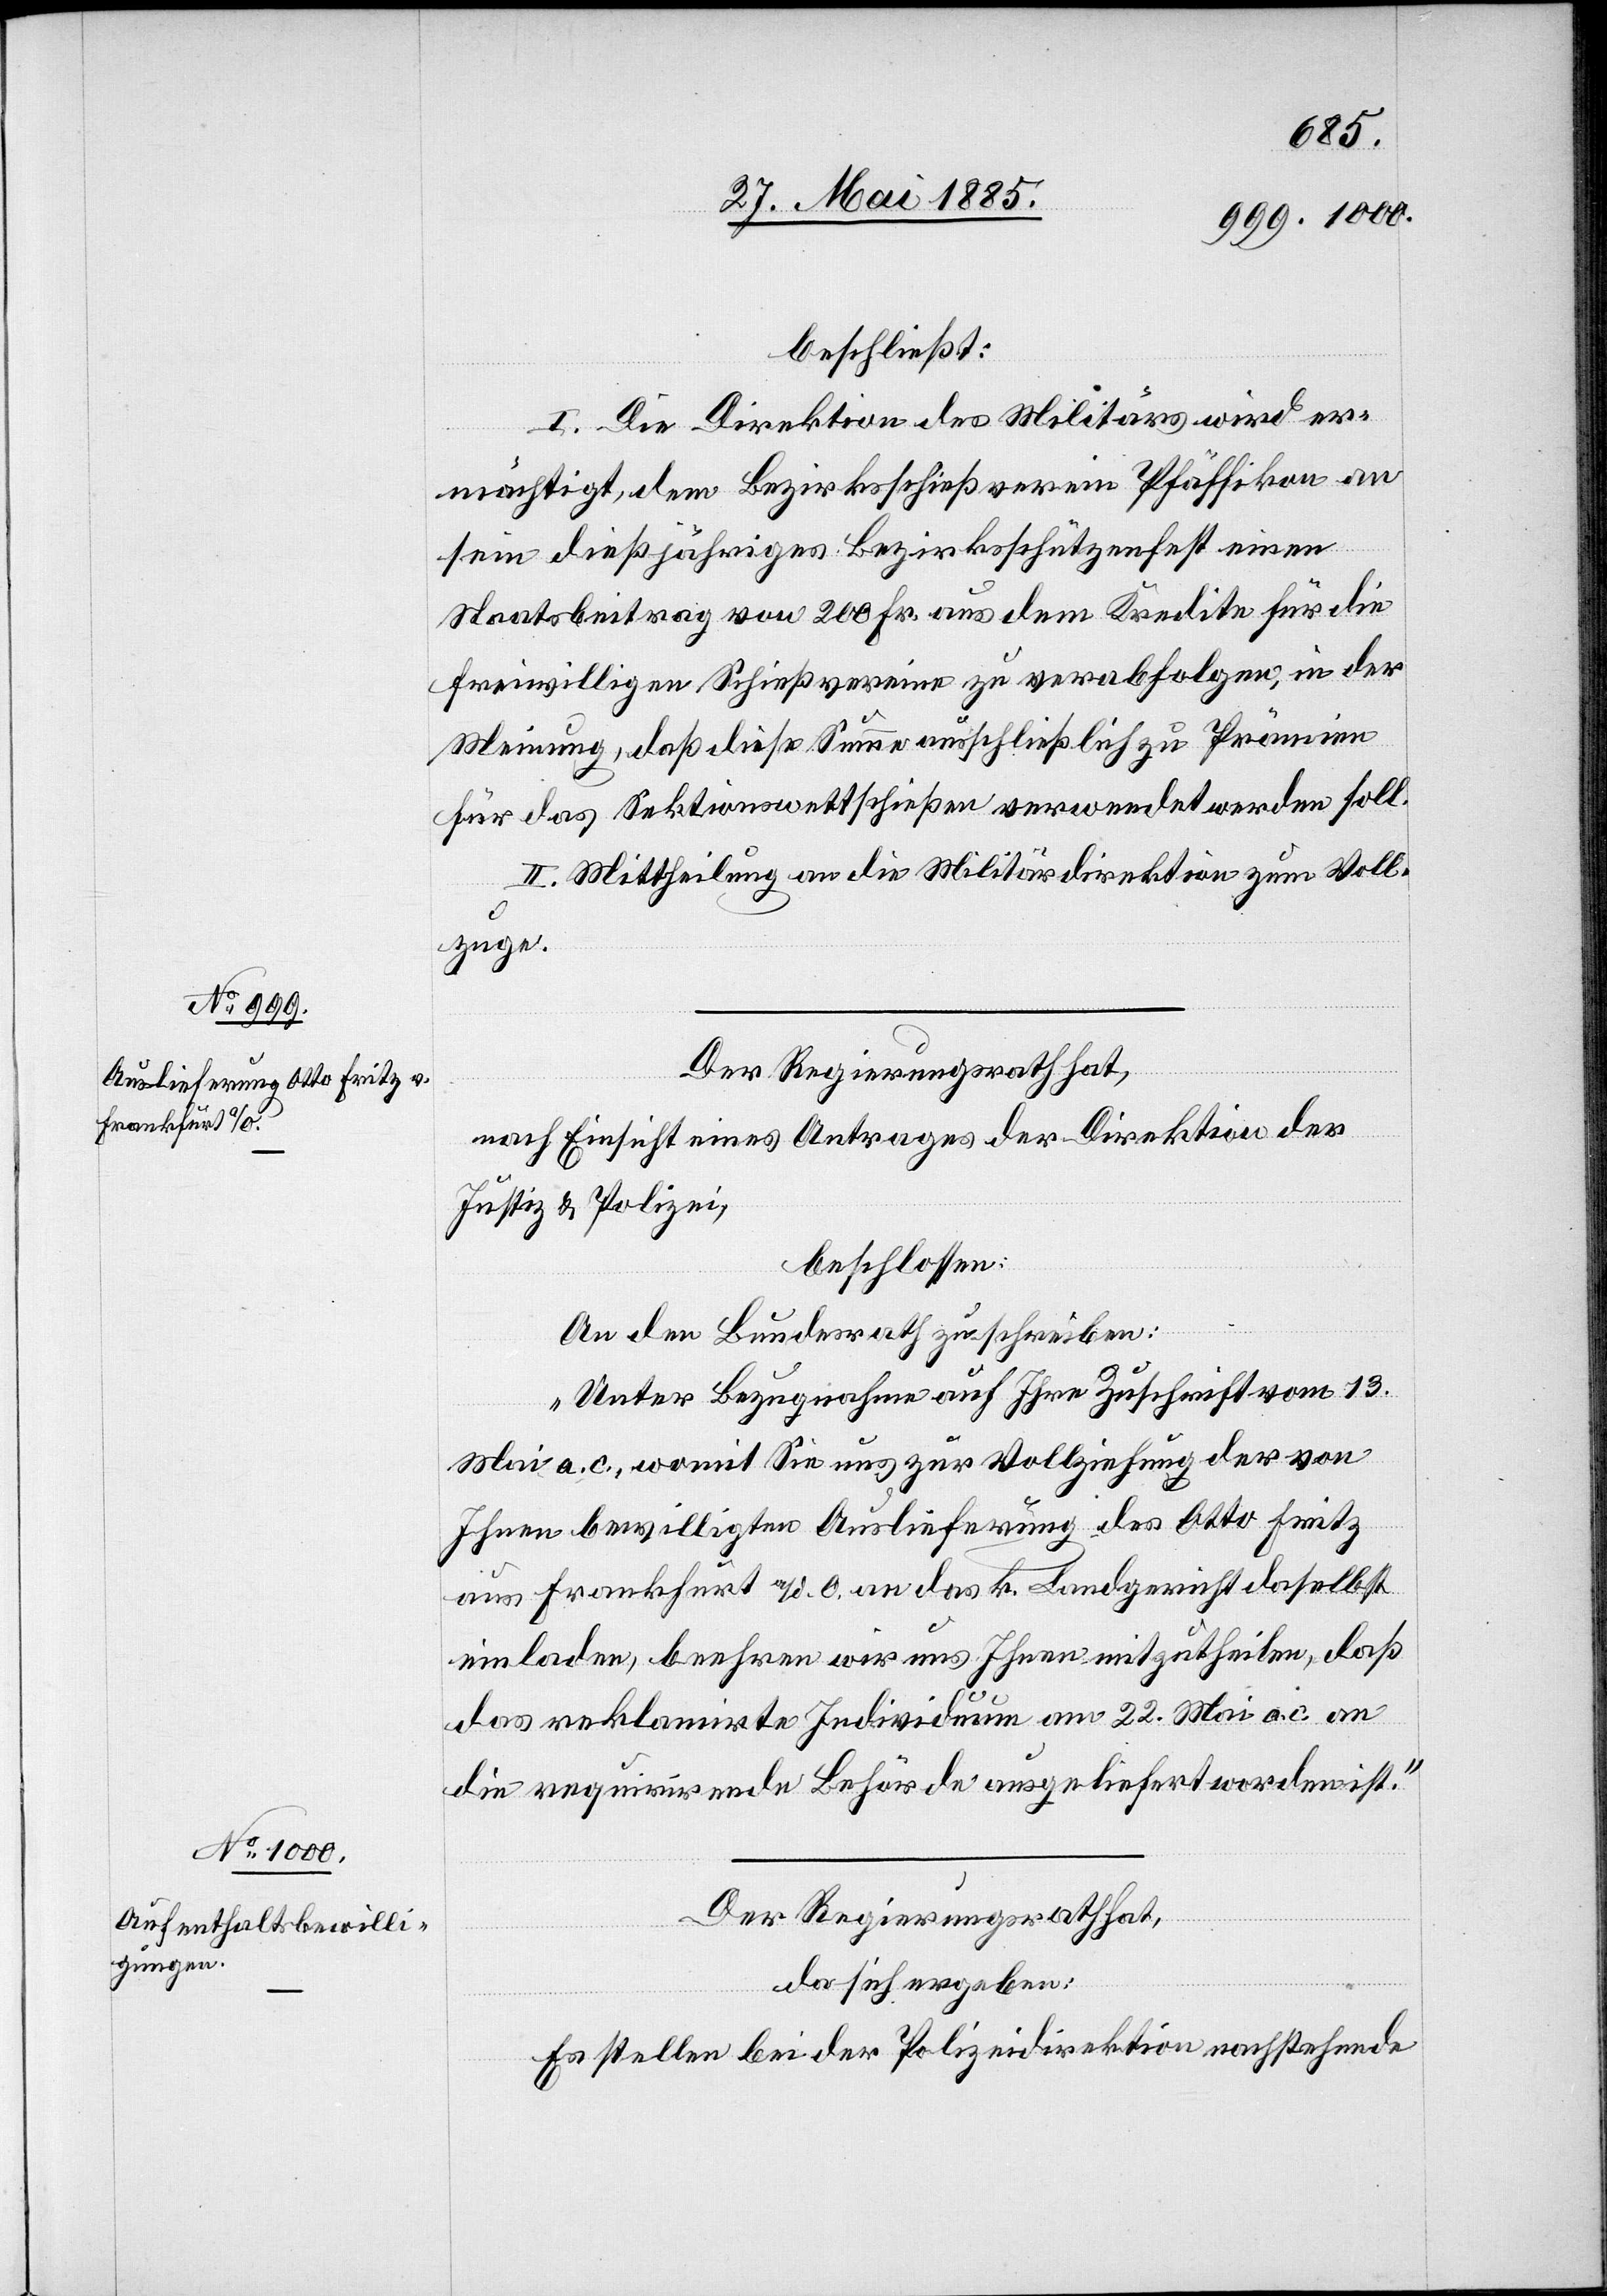
beschließt:
I. Die Direktion des Militärs wird er¬
mächtigt, dem Bezirksschießverein Pfäffikon an
sein dießjähriges Bezirksschützenfest einen
Staatsbeitrag von 200 Fr. aus dem Kredite für die
freiwilligen Schießvereine zu verabfolgen, in der
Meinung, daß diese Summe ausschließlich zu Prämien
für das Sektionsschießen verwendet werden soll.
II. Mittheilung an die Militärdirektion zum Voll¬
zuge.
Der Regierungsrath hat,
nach Einsicht eines Antrages der Direktion der
Justiz & Polizei,
beschlossen:
An den Bundesrath zu schreiben:
„Unter Bezugnahme auf Ihre Zuschrift vom 13.
Mai a. c, womit Sie uns zur Vollziehung der von
Ihnen bewilligten Auslieferung des Otto Fritz
aus Frankfurt a/d. O. an das k. Landgericht daselbst
einladen, beehren wir uns Ihnen mitzutheilen, daß
das reklamirte Individuum am 22. Mai a. c. an
die requirirende Behörde ausgeliefert worden ist.“
Der Regierungsrath hat,
da sich ergeben:
Es stellen bei der Polizeidirektion nachstehende